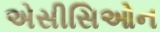
એસીસિઓન